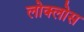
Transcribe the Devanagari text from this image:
लोक्लोस